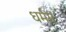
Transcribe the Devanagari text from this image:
धर्मम